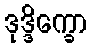
ဒုဒ္ဒိက္ခော